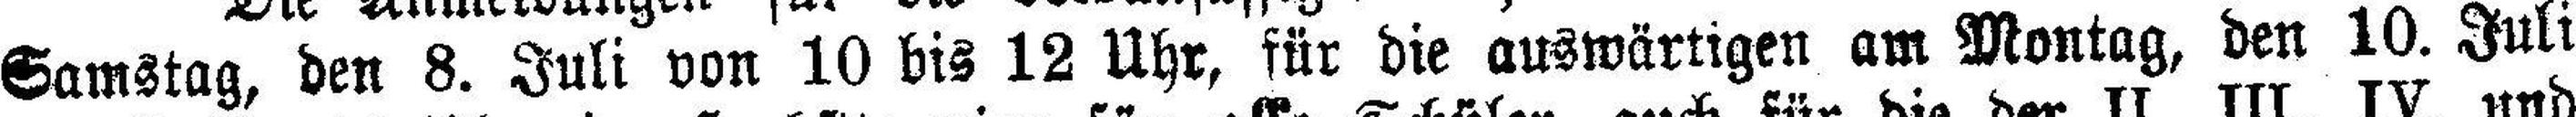
Samstag, den 8. Juli von 10 bis 12 Uhr, für die auswärtigen am Montag, den 10. Juli